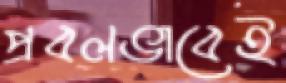
প্রবলভাবেই